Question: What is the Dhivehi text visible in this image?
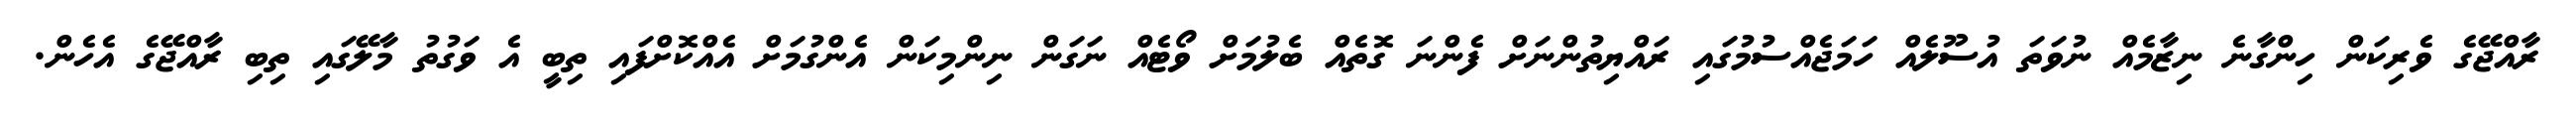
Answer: ރާއްޖޭގެ ވެރިކަން ހިންގާނެ ނިޒާމެއް ނުވަތަ އުސޫލެއް ހަމަޖެއްސުމުގައި ރައްޔިތުންނަށް ފެންނަ ގޮތެއް ބެލުމަށް ވޯޓެއް ނަގަން ނިންމިކަން އެންގުމަށް އެއްކޮށްފައި ތިބީ އެ ވަގުތު މާލޭގައި ތިބި ރާއްޖޭގެ އެހެން.